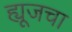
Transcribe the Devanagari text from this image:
ह्यूजचा